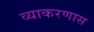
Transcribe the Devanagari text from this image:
व्याकरणास